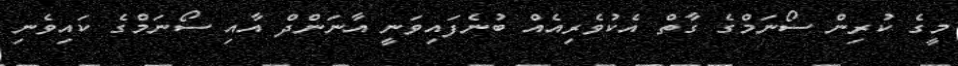
މީގެ ކުރިން ސޯނަމްގެ ގާތް އެކުވެރިއެއް ބުނެފައިވަނީ އާނަންދް އާއި ސޯނަމްގެ ކައިވެނި